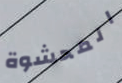
المحشوة